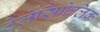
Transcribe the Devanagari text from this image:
टेलेंसिफेलिक